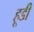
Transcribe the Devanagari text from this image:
हूडी